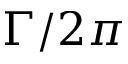
\Gamma / 2 \pi